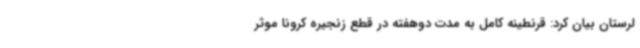
لرستان بیان کرد: قرنطینه کامل به مدت دوهفته در قطع زنجیره کرونا موثر